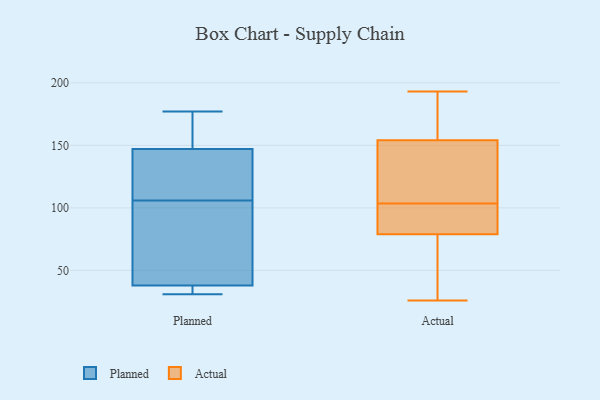
{"axis": {"x": "Page Views", "y": "Value"}, "legend": ["Actual", "Planned"], "data": [{"x": "", "y": 31, "type": "Planned"}, {"x": "", "y": 71, "type": "Planned"}, {"x": "", "y": 32, "type": "Planned"}, {"x": "", "y": 162, "type": "Planned"}, {"x": "", "y": 108, "type": "Planned"}, {"x": "", "y": 147, "type": "Planned"}, {"x": "", "y": 106, "type": "Planned"}, {"x": "", "y": 38, "type": "Planned"}, {"x": "", "y": 177, "type": "Planned"}, {"x": "", "y": 106, "type": "Planned"}, {"x": "", "y": 57, "type": "Actual"}, {"x": "", "y": 87, "type": "Actual"}, {"x": "", "y": 79, "type": "Actual"}, {"x": "", "y": 172, "type": "Actual"}, {"x": "", "y": 137, "type": "Actual"}, {"x": "", "y": 42, "type": "Actual"}, {"x": "", "y": 193, "type": "Actual"}, {"x": "", "y": 102, "type": "Actual"}, {"x": "", "y": 145, "type": "Actual"}, {"x": "", "y": 105, "type": "Actual"}, {"x": "", "y": 177, "type": "Actual"}, {"x": "", "y": 26, "type": "Actual"}, {"x": "", "y": 121, "type": "Actual"}, {"x": "", "y": 31, "type": "Actual"}, {"x": "", "y": 89, "type": "Actual"}, {"x": "", "y": 92, "type": "Actual"}, {"x": "", "y": 186, "type": "Actual"}, {"x": "", "y": 154, "type": "Actual"}]}